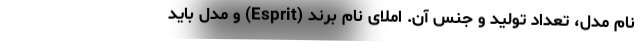
نام مدل، تعداد تولید و جنس آن. املای نام برند (Esprit) و مدل باید